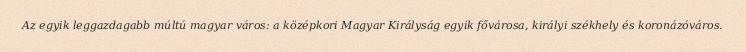
Az egyik leggazdagabb múltú magyar város: a középkori Magyar Királyság egyik fővárosa, királyi székhely és koronázóváros.